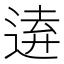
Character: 𮞗